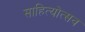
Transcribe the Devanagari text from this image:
साहित्योत्सव